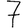
Digit: 7